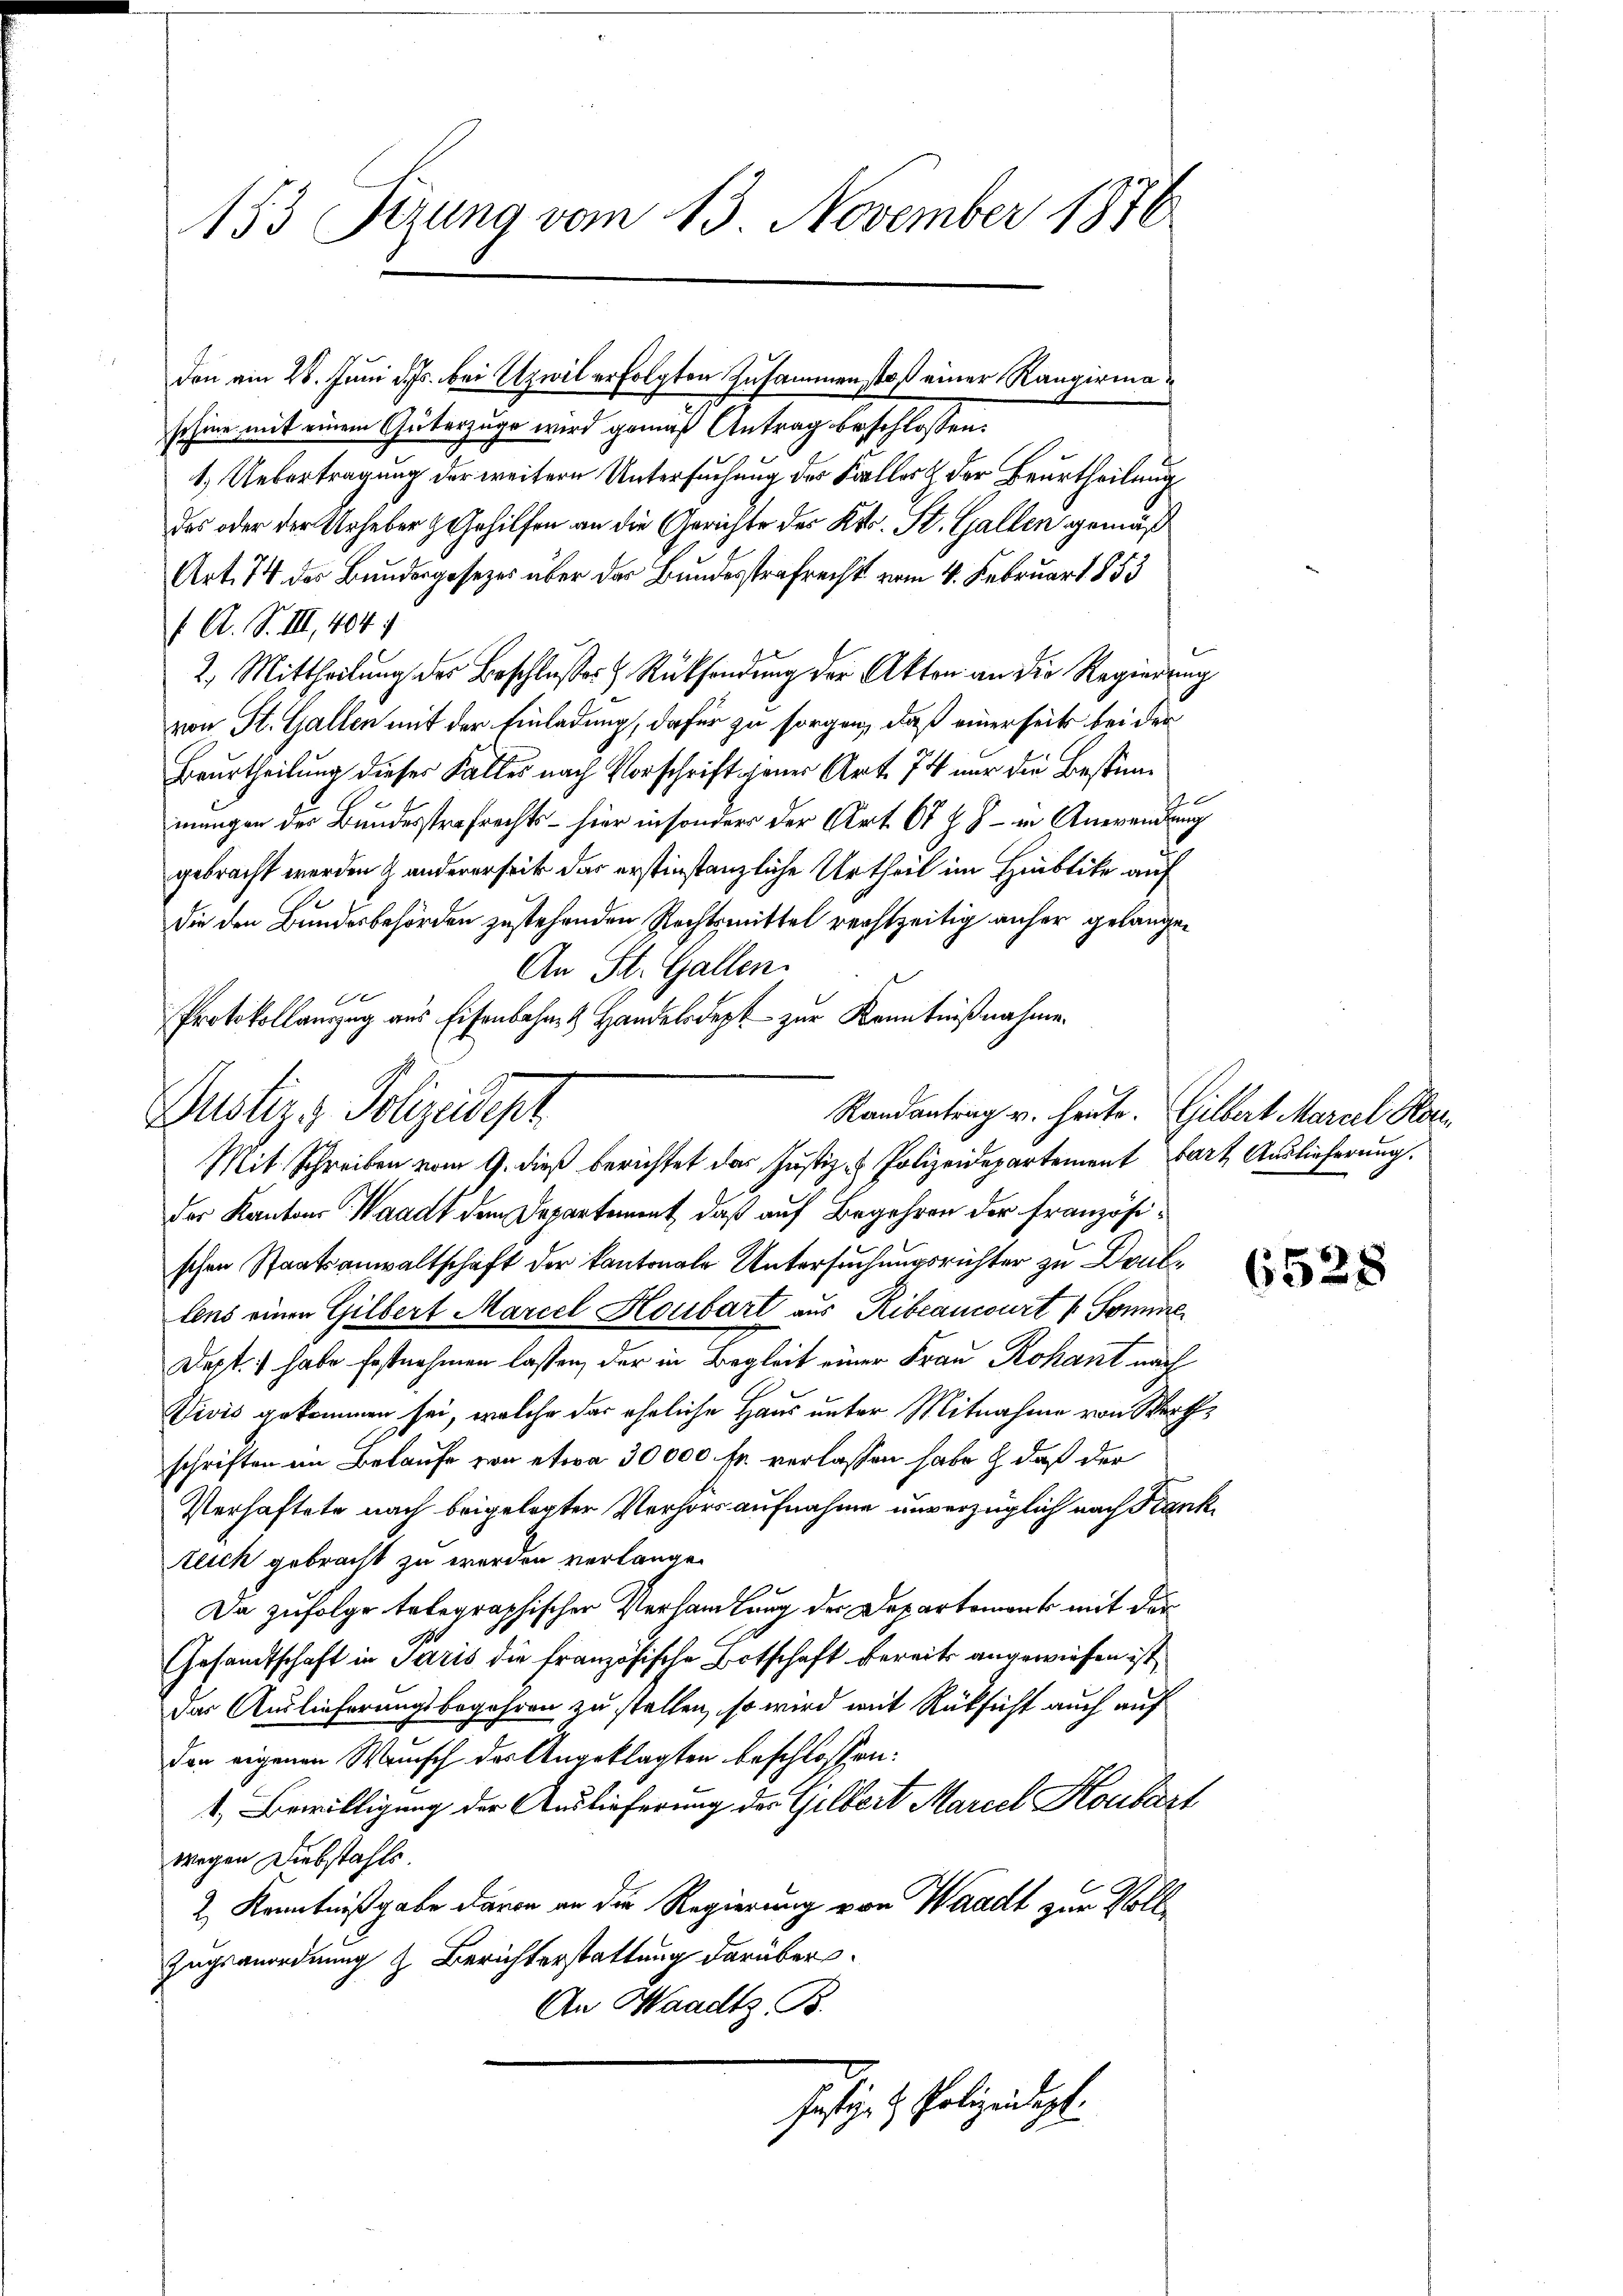
153 Sizung vom 13 November 1876

schine mit einem Güterzuge wird gemäß Antrag beschlossen:
1.) Uebertragung der weitere Untersuchung der Falles & der Beurtheilung
das oder der Urheber z Gehilfen an die Gerichte des Kts. St. Gallen gemäß
Art. 74 des Bundesgesezes über der Bundesstrafrecht vom 4. Februar 1853
f. A. S. III, 404 f
2. Mittheilung der Beschlußes & Rücksendung der Akten an die Regierung
von St. Gallen mit der Einladung, dafür zu sorgen, daß einerseits bei der
Beurtheilung dieser Falles nach Vorschrift jener Art. 74 nur die Bestimmungen des Bundesstrafrechts – hier in sonders der Art. 67 Z. 7 – in Anwendung
gebracht werden & andererseit das erstinstanzliche Urtheil im Hinblite auf
die den Bundesbehörden zustehenden Rechtsmittel rechtzeitig anfer gelange¬
An St. Gallen.
Randantrag v. heute. Gilbert Mariel Hon
der Kantons Waadt den Departement, daß auf Begehren der französischen Staatsanwaltschaft der kantonale Untersuchungsrichter zu Drulens einen Gilbert Marcel Houbart aus Ribrancourt v. Somme
Dept.) habe festnehmen lassen, der in Begleit einer Frau Rokant nach
Divis gekommen sei, welche der eheliche Haus unter Mitnahme von Werthschriften in Belaufe von etwa 30000 fr verlassen habe & daß der
Verhaftete nach beigelegter Verhörs aufnahme unverzüglich nach Frank
teich gebracht zu werden verlange.
Da zufolge telegraphischer Verhandlung der Departement mit der
Gesandtschaft in Paris die Französische Botschaft bereits angewiesen ist,
das Auslieferungsbegehren zu stellen, so wird mit Rücksicht auch auf
den eigenen Wunsch der Angeklagten beschlossen:
1. Bewilligung der Auslieferung des Gilbert Mariel Koubart
wegen Diebstahls.
2 Kenntnißgabe davon an die Regierung von Waadt zur Voll¬
Zugsanordnung z. Berichterstattung darüber.
An Waadtz B.
Hefige & Polizeidigte

don am 28. Juni d. Js. bei Uzwil erfolgten Zusammenstoß einer Rangirma¬

10
Protokollauszug aus Eisenbahn & Handelsdept zur Kenntnißnahme
Justiz & Polizeidept
Mit Schreiben vom 9. dieß berichtet das Justiz- & Polizeidepartement Bart Auslieferung.

6528